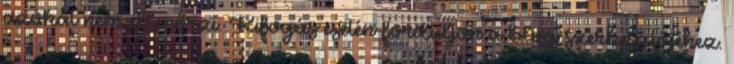
azokat nem ellenőrzi. Kifogás esetén forduljon a blog szerkesztőjéhez.